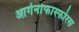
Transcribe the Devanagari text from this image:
आर्गेनोफास्फोरस